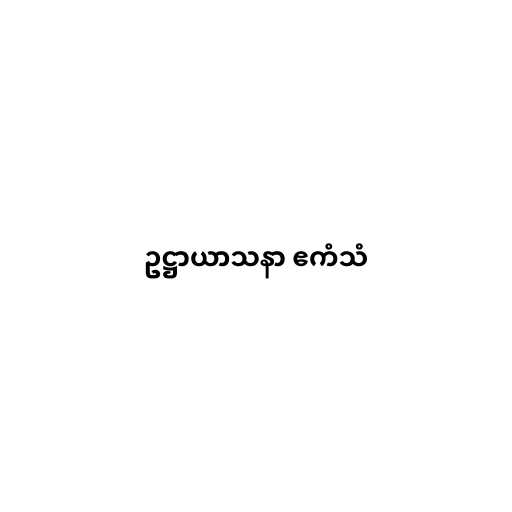
ဥဋ္ဌာယာသနာ ဧကံသံ